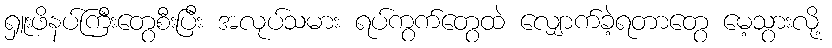
ရှူးဖိနပ်ကြီးတွေစီးပြီး အလုပ်သမား ရပ်ကွက်တွေထဲ လျှောက်ခဲ့ရတာတွေ မေ့သွားလို့